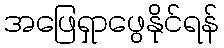
အဖြေရှာဖွေနိုင်ရန်